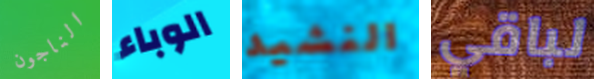
الناجون الوباء النشيد لباقي